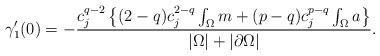
LaTeX: \begin{align*} \gamma_1'(0) = -\frac{c_j^{q-2} \left\{ (2-q)c_j^{2-q}\int_\Omega m + (p-q)c_j^{p-q}\int_\Omega a \right\}}{|\Omega|+|\partial \Omega|}. \end{align*}